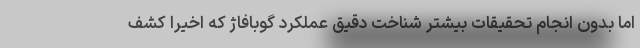
اما بدون انجام تحقیقات بیشتر شناخت دقیق عملکرد گوبافاژ که اخیراً کشف